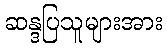
ဆန္ဒပြသူများအား